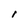
Character: I